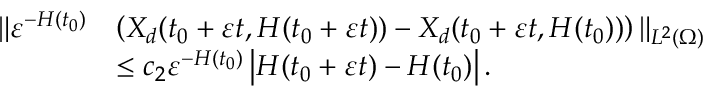
\begin{array} { r l } { \| \varepsilon ^ { - H ( t _ { 0 } ) } } & { \left( X _ { d } ( t _ { 0 } + \varepsilon t , H ( t _ { 0 } + \varepsilon t ) ) - X _ { d } ( t _ { 0 } + \varepsilon t , H ( t _ { 0 } ) ) \right) \| _ { L ^ { 2 } ( \Omega ) } } \\ & { \leq c _ { 2 } \varepsilon ^ { - H ( t _ { 0 } ) } \left| H ( t _ { 0 } + \varepsilon t ) - H ( t _ { 0 } ) \right| . } \end{array}